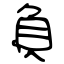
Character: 負